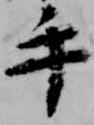
手